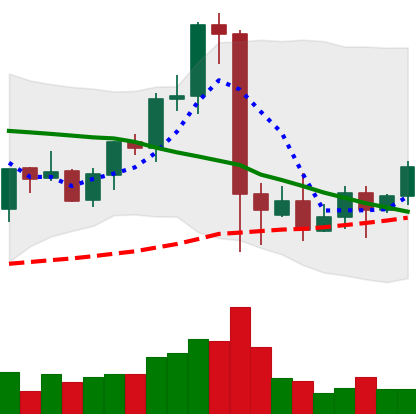
Ticker: EOS-USD
Chart end date: 2021-09-15
Forward return: -18.101%
Label: down_7plus